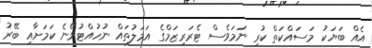
އެއް ބަޔަކު މަސައްކަތް ކުރި ނަމަވެސް ޓެރަރިޒަމްގެ އަމަލުތައް ނުހުއްޓުވޭނެ ކަމަށާއި ބޭރު